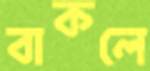
বাকলে